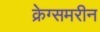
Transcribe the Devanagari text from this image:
क्रेग्समरीन